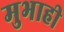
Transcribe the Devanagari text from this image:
मुभाही